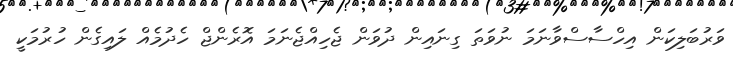
ވަރުބަލިކަން އިހްސާސްވާނަމަ ނުވަތަ ގިނައިން ދުވަން ޖެހިއްޖެނަމަ އޮރެންޖް ހެދުމެއް ލައިގެން ހުރުމަކީ